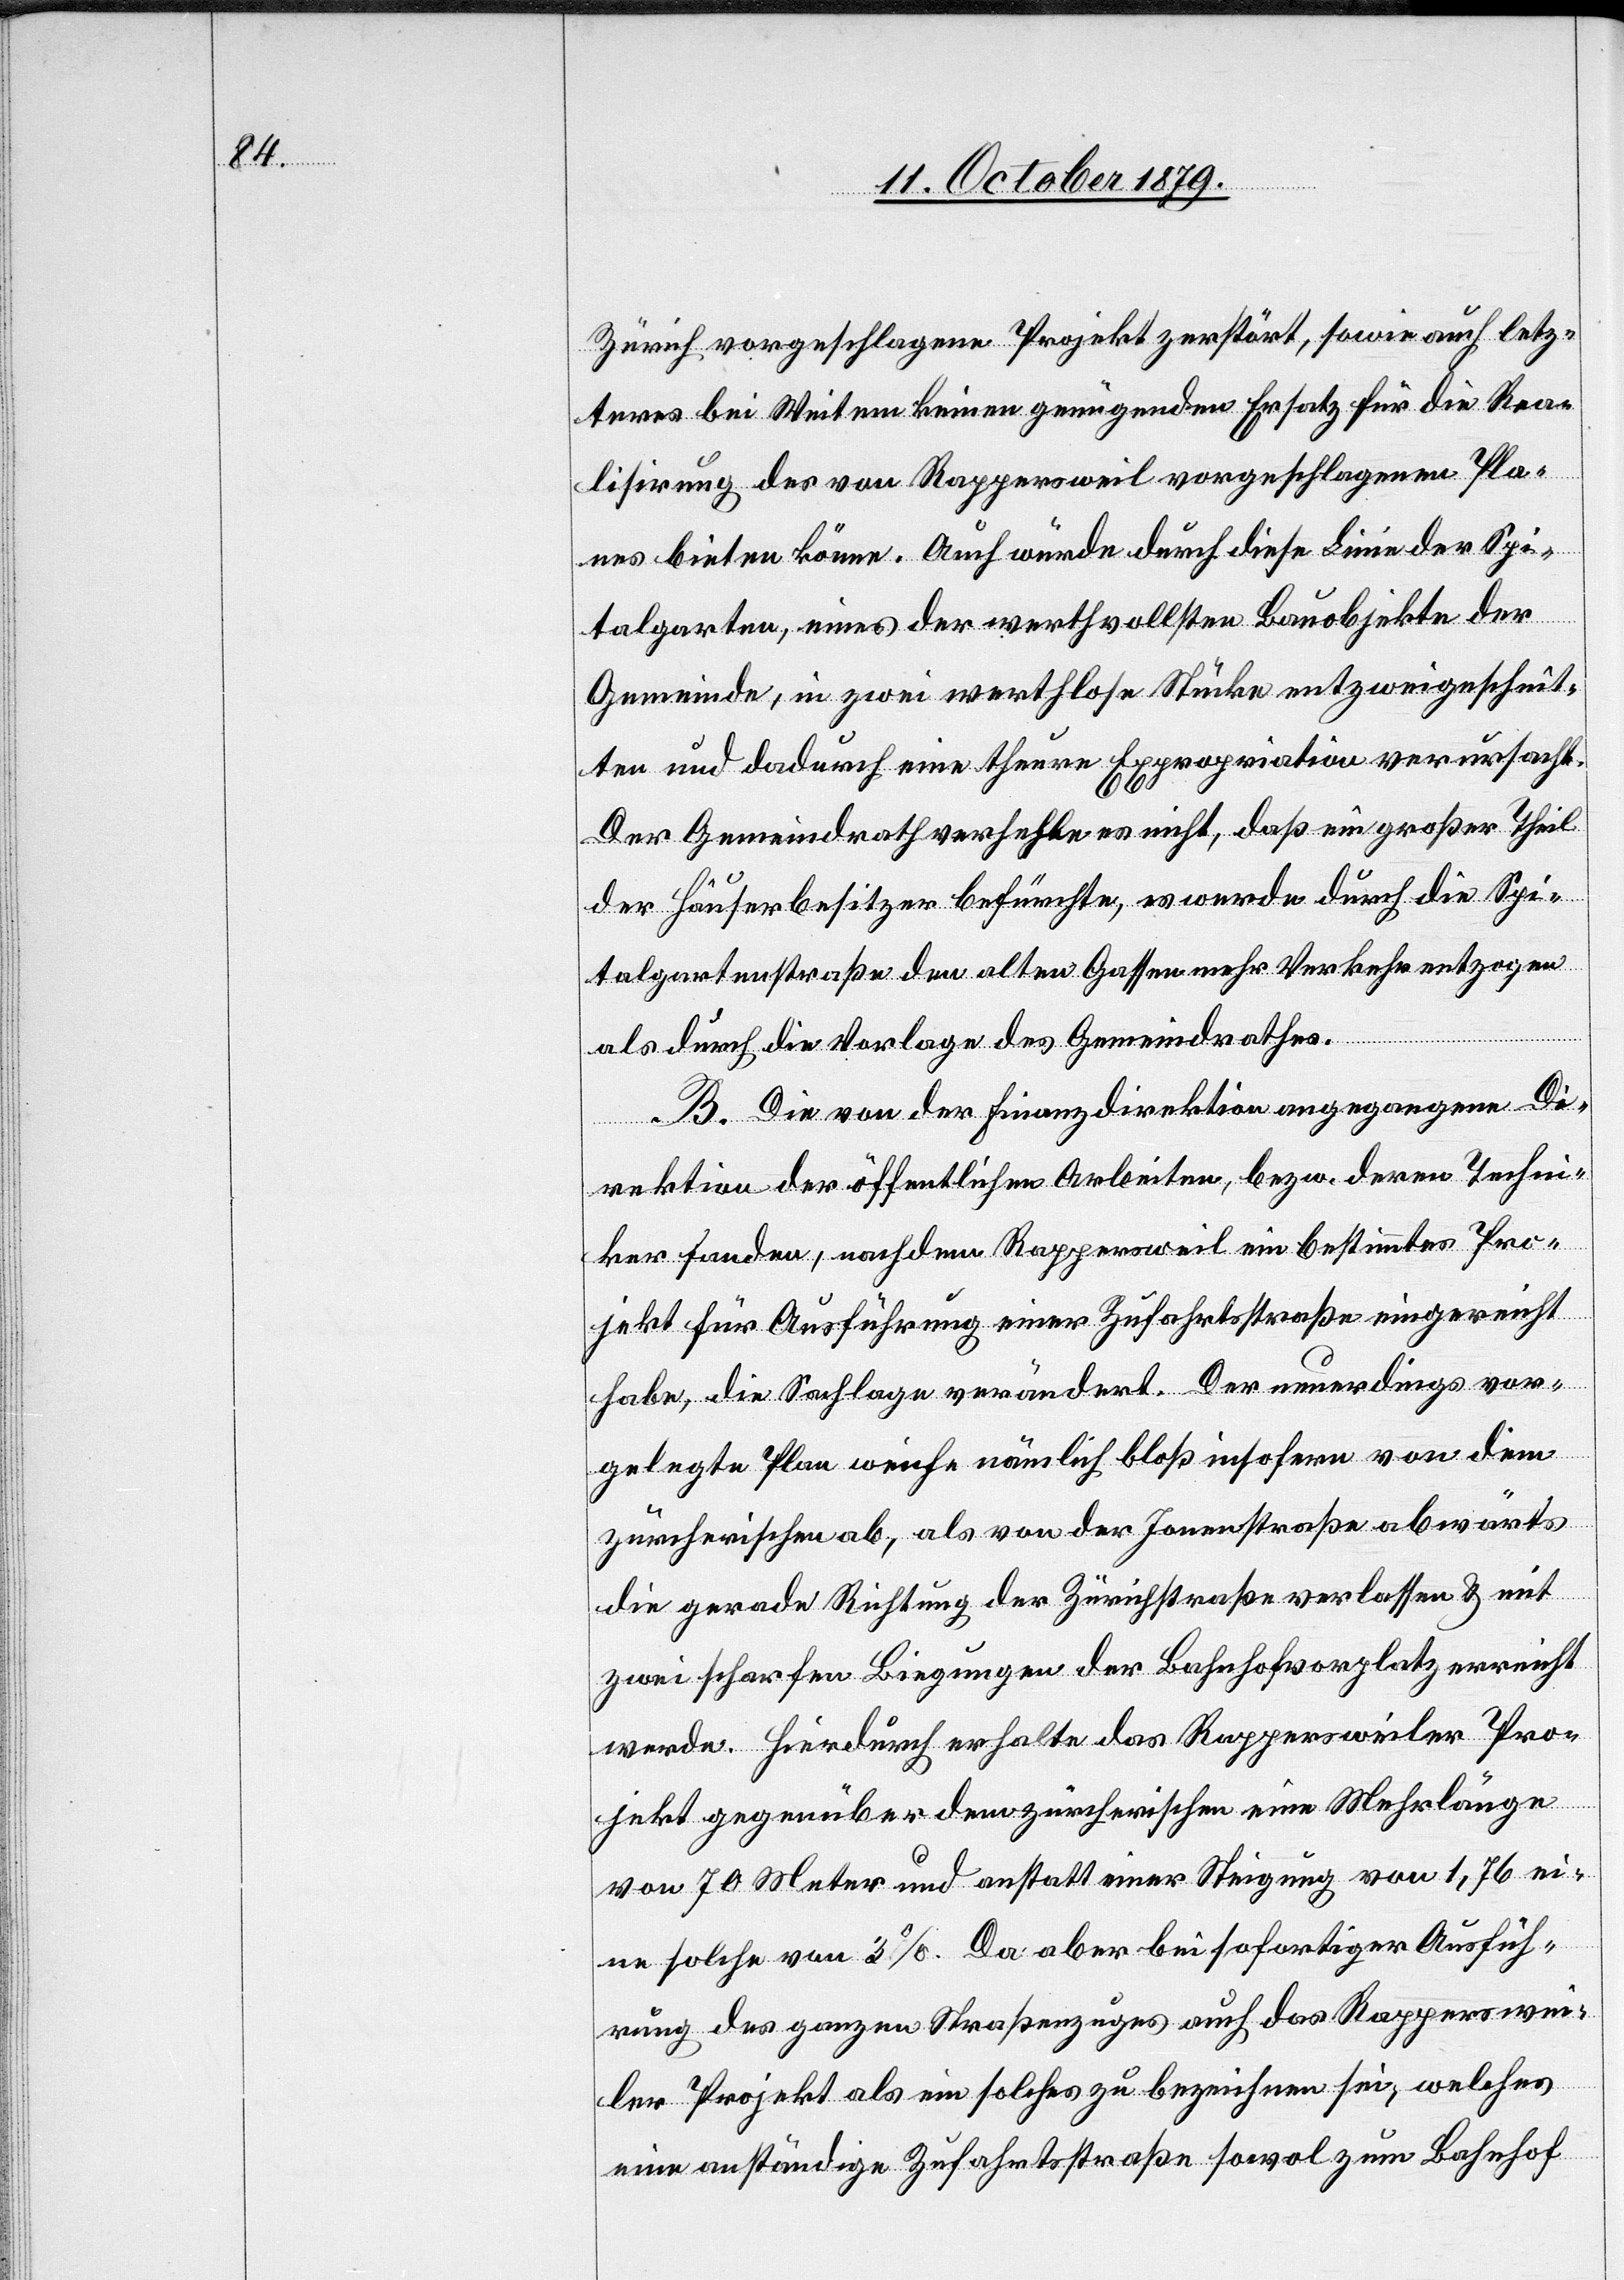
Zürich vorgeschlagene Projekt zerstört, sowie auch letz¬
teres bei Weitem keinen genügenden Ersatz für die Rea¬
lisierung des von Rappersweil vorgeschlagenen Pla¬
nes bieten könne. Auch würde durch diese Linie der Spi¬
gar¬
ten und dadurch eine theure Expropriation verursacht.
Der Gemeindrath verhehle es nicht, daß ein großer Theil
der Häuserbesitzer befürchte, es werde durch die Spi¬
talgartenstraße den alten Gassen mehr Verkehr entzogen
als durch die Vorlage des Gemeindrathes.
B. Die von der Finanzdirektion angegangene Di¬
rektion der öffentlichen Arbeiten, bezw. deren Techni¬
ker fanden, nachdem Rappersweil ein bestimmtes Pro¬
jekt für Ausführung einer Zufahrtsstraße eingereicht
habe, die Sachlage verändert. Der neuerdings vor¬
gelegte Plan weiche nämlich bloß insofern von dem
zürcherischen ab, als von der Jonenstraße abwärts
die gerade Richtung der Zürichstraße verlassen & mit
zwei scharfen Biegungen der Bahnhofvorplatz erreicht
werde. Hierdurch erhalte das Rappersweiler Pro¬
jekt gegenüber dem zürcherischen eine Mehrlänge
von 70 Meter und anstatt einer Neigung von 1,76 ei¬
ne solche von 3%. Da aber bei sofortiger Ausfüh¬
rung des ganzen Straßenzuges auch das Rapperswei¬
ler Projekt als ein solches zu bezeichnen sei, welches
eine anständige Zufahrtsstraße sowol zum Bahnhof